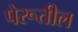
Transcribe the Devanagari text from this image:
पेरूतील